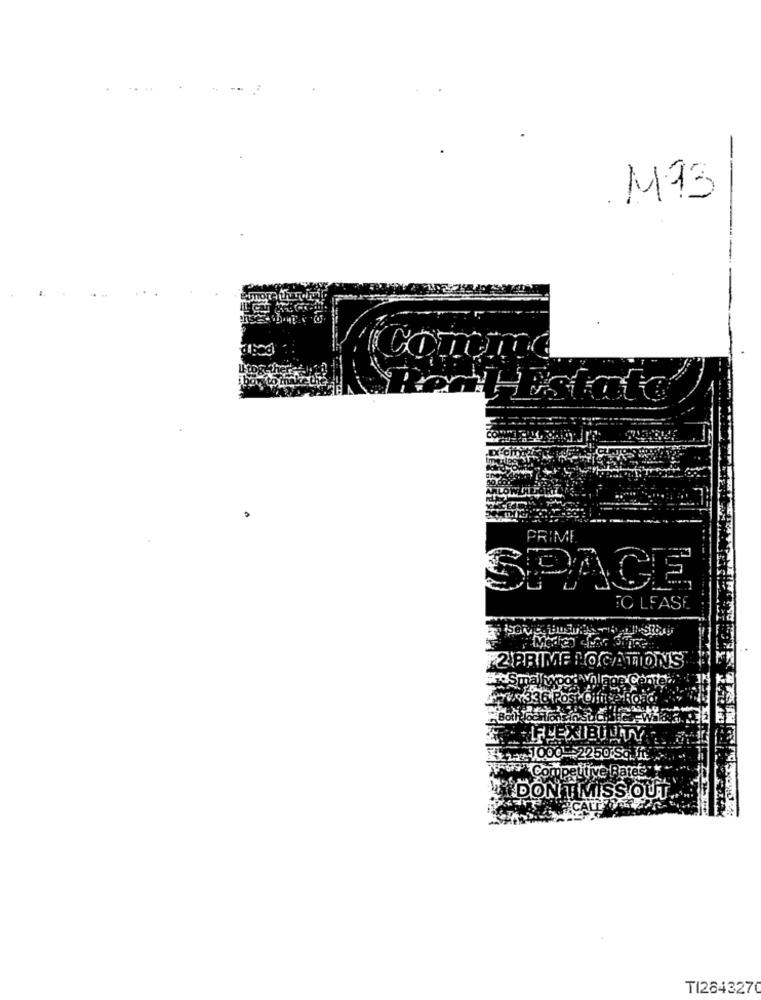
M13
COTON
Estate
PRIME
SPACE
O LEASE
2 PRIME LOCATIONS
Sma
v.336 Post Office
1 1000-2250 SqMt
797 Competitive Rates
I DON T MISS OUT
TI2643270